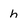
Character: h